system: You are a helpful assistant.
user:
Analyze the provided spectrum to determine if it is a **"Cataclysmic Variables (CV)"**.

- **Key Indicators for CV (Check for either state):**
    - **State 1: Quiescent / Low-State (Emission-Dominated)**
        - **(Primary):** Strong and *very broad* Hydrogen Balmer emission lines (e.g., $H\alpha$ at 6563 Å, $H\beta$ at 4861 Å). The 'broadness' (high velocity dispersion, often FWHM > 1000 km/s) is the key diagnostic, indicating a high-velocity accretion disk.
        - **(Secondary):** Broad neutral Helium (He I) emission lines (e.g., 5876 Å, 6678 Å).
        - **(Key Confirmation):** Presence of high-excitation *ionized* Helium (He II) emission at 4686 Å. This is a strong indicator of accretion onto a white dwarf.
        - **(Line Profile):** Emission lines may exhibit a 'double-peaked' profile, which is a classic signature of a rotating accretion disk viewed at high inclination.

    - **State 2: Outburst / High-State (Absorption-Dominated)**
        - **(Primary):** Spectrum is dominated by a bright, blue continuum (looks like a hot star).
        - **(Secondary):** The emission lines from State 1 are weak, absent, or 'filled in', and are replaced by broad, shallow *absorption* lines (primarily Balmer and He I).
        - **(Morphology):** The overall spectrum mimics a hot B/A-type star. The crucial difference is that the absorption lines are significantly broader, shallower, and more 'washed-out' (or 'smeared') than the sharp lines of a normal stellar photosphere, due to high rotational speeds and pressure broadening in the disk.

Think first, call **spectral_visualization_tool** if needed to examine features in detail, then provide your final answer. Your response must adhere to the following strict rules:
1.  **Overall Structure:** Your response must follow the format `<think>...</think> <tool_call>...</tool_call> (if a tool is used) <answer>...</answer>`.
2.  **Tool Usage Constraint:** You may only make **one** tool call per turn.
3.  **Final Answer Format:** In the `<answer>` tag, your conclusion must be inside a `\boxed{}` command (e.g., `\boxed{YES}`), followed by your justification.

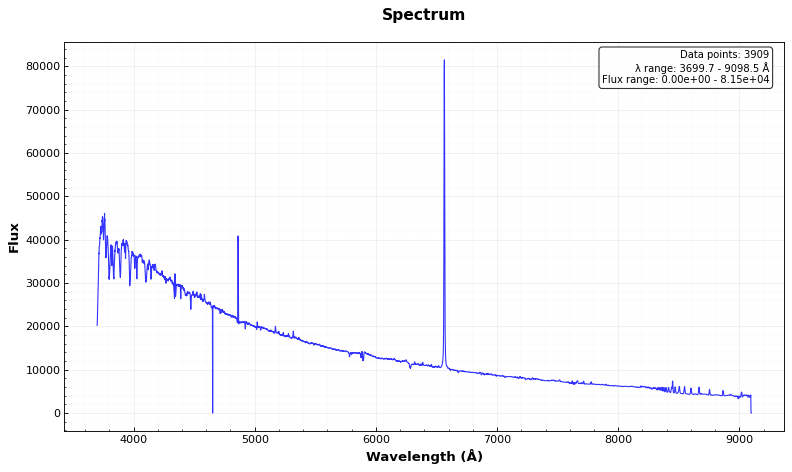
Answer: NO